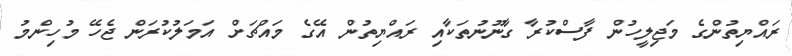
ރައްޔިތުންގެ މަޖިލީހުން ފާސްކުރާ ގާނޫނުތަކާއި ރައްޔިތުން އޭގެ މައްޗަށް އަމަލުކުރަން ޖެހޭ މުހިންމު